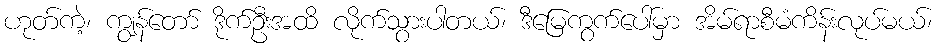
ဟုတ်ကဲ့၊ ကျွန်တော် ဒိုက်ဦးအထိ လိုက်သွားပါတယ်၊ ဒီမြေကွက်ပေါ်မှာ အိမ်ရာစီမံကိန်းလုပ်မယ်၊